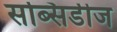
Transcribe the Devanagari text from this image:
सब्सिडीज